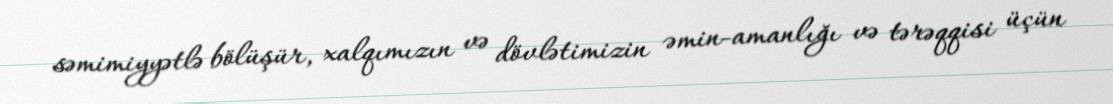
səmimiyyətlə bölüşür, xalqımızın və dövlətimizin əmin-amanlığı və tərəqqisi üçün